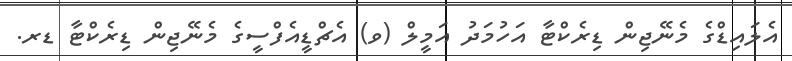
އެލައިޑްގެ މެނޭޖިން ޑިރެކްޓާ އަހުމަދު އަމީލް (ވ) އެޗްޑީއެފްސީގެ މެނޭޖިން ޑިރެކްޓާ ޑރ.